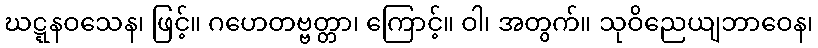
ဃဋ္ဋနဝသေန၊ ဖြင့်။ ဂဟေတဗ္ဗတ္တာ၊ ကြောင့်။ ဝါ၊ အတွက်။ သုဝိညေယျဘာဝေန၊